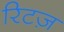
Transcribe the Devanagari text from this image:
रिटज़